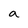
Character: a